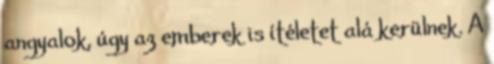
angyalok, úgy az emberek is ítéletet alá kerülnek. A